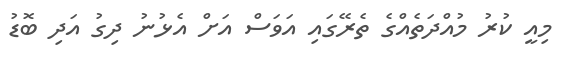
މިއީ ކުރު މުއްދަތެއްގެ ތެރޭގައި އަވަސް އަށް އެޅުނު ދިގު އަދި ބޮޑު